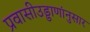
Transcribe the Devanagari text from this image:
प्रवासीउड्डाणांनुसार